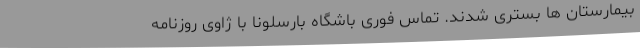
بیمارستان ها بستری شدند. تماس فوری باشگاه بارسلونا با ژاوی روزنامه